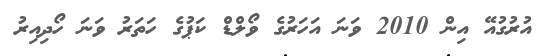
އުރުގުއޭ އިން 2010 ވަނަ އަހަރުގެ ވޯލްޑް ކަޕުގެ ހަތަރު ވަނަ ހޯދިއިރު